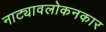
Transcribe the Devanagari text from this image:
नाट्यावलोकनकार